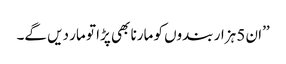
’’ان 5 ہزار بندوں کو مارنا بھی پڑا تو مار دیں گے۔